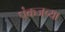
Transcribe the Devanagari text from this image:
पंकजच्या